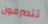
تتصرفون